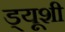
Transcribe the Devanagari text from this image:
ड्यूशी